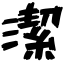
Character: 潔